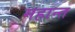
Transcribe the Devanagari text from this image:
महान्त